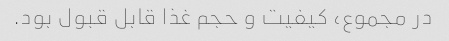
در مجموع، کیفیت و حجم غذا قابل قبول بود.